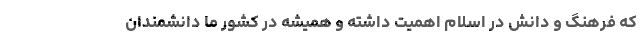
که فرهنگ و دانش در اسلام اهمیت داشته و همیشه در کشور ما دانشمندان